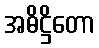
အဓိဋ္ဌိတော